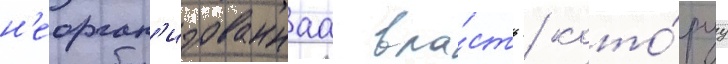
н'еорган'изованнаа вла́сть / кото́руу